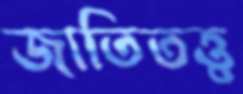
জাতিতত্ত্ব